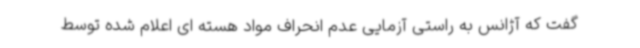
گفت که آژانس به راستی آزمایی عدم انحراف مواد هسته ای اعلام شده توسط